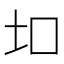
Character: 𫭙